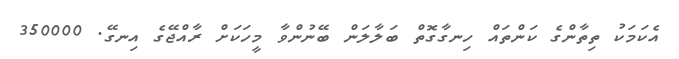
އެކަމަކު ތިތާންގެ ކަންތައް ހިނގާގޮތް ބަލާލަން ބޭނުންވާ މީހަކަށް ރާއްޖޭގެ އިނގޭ. 350000